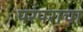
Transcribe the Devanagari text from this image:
परंपराचा